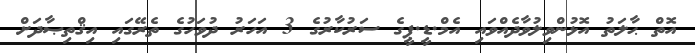
އޮތް ޙާލަތު އޮޅުންވިލުވާދެއްވައި އެމް.ޑީ.ޕީގެ ސަރުކާރުގެ 3 އަހަރު ދުވަހުގެ ތެރޭގައި އިޤްތިޞާދަށް